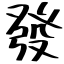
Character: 發